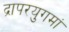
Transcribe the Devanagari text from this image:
द्रापरयुगमां